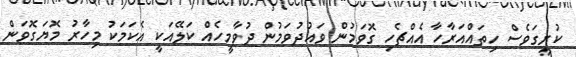
ކުރީގަވެސް ހިތައްއަރާހާ އެއްޗެހި ގޮވަމުން ވައުދުވަމުން ދުވާމީހެއް ކަލޭއަކީ އެކަމަކު މިހާރު މޮޔަގޮވަން